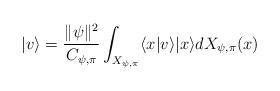
LaTeX: \begin{align*}|v\rangle=\frac{\| \psi \|^2}{C_{\psi,\pi}}\int_{X_{\psi,\pi}} \langle x|v\rangle |x\rangle dX_{\psi,\pi}(x)\end{align*}